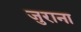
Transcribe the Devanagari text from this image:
जुराना